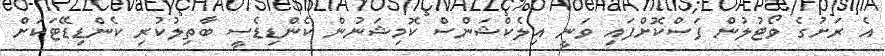
އެ ރަށުގެ ވޯޓުލުން ފަސްކޮށްފައި ވަނީ އިލެކްޝަންސް ކޮމިޝަނުން ކެންޑިޑެސީ ބާތިލުކުރި ކެންޑިޑޭޓަކަށް